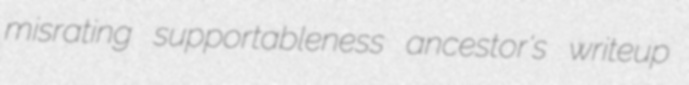
misrating supportableness ancestor's writeup